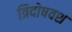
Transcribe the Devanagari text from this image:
त्रिदोषवश